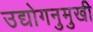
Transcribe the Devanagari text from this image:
उद्योगनुमुखी